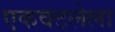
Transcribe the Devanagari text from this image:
एकवटलेला